Insane asylums in Bengal annual reports 1876-1887 - 1876-1887
Year: 1876
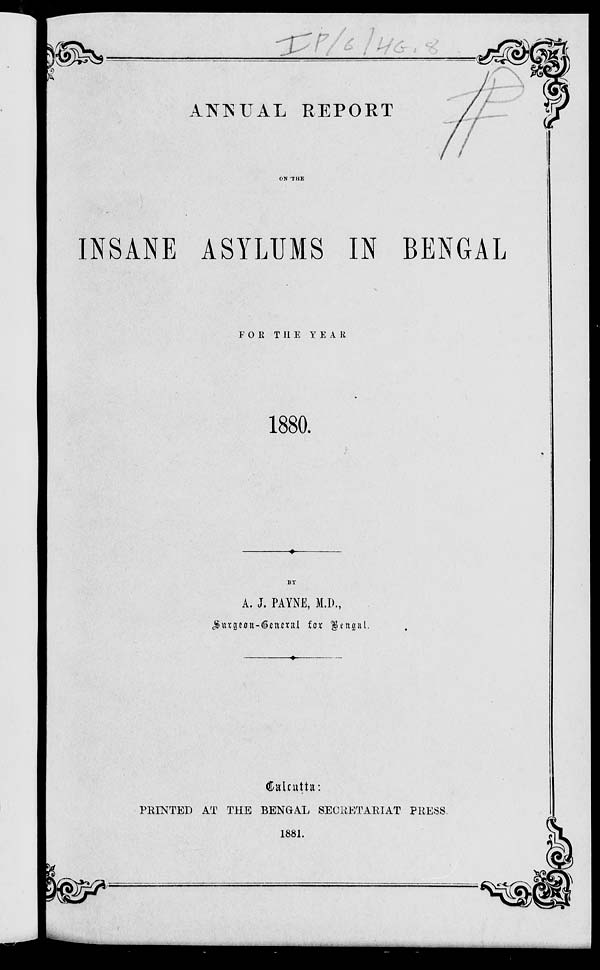
ANNUAL REPORT
ON THE
INSANE ASYLUMS IN BENGAL
FOR THE
YEAR
1880.
BY
A. J. PAYNE, M.D.,
Surgeon-General for Bengal.
Calcutta:
PRINTED AT THE BENGAL SECRETARIAT PRESS.
1881.